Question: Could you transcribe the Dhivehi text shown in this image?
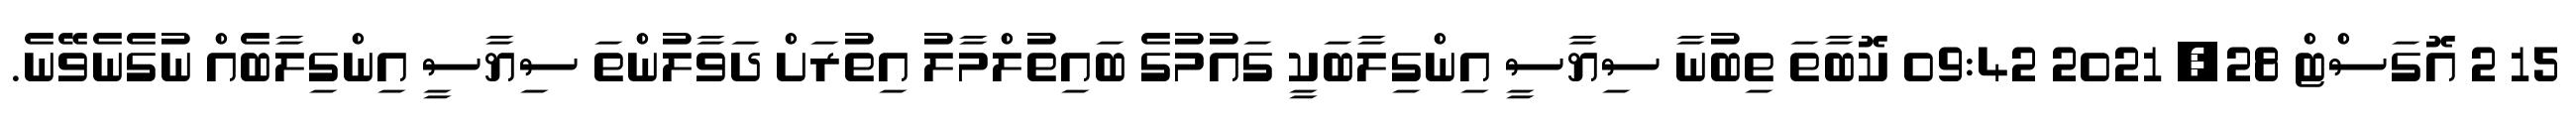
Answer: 15 2 އޮގަސްޓް 28, 2021 09:42 ކޮބާތަ ތިބުނާ ސިޔާސީ އިންގިލާބަކީ ގައުމުގެ ބައިތުލްމާލު އިތުރަށް ދަވާލުންތަ ސިޔާސީ އިންގިލާބެއް ނުގެނެވޭނެ.